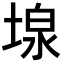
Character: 𡎏